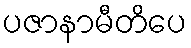
ပဇာနာမီတိပေ